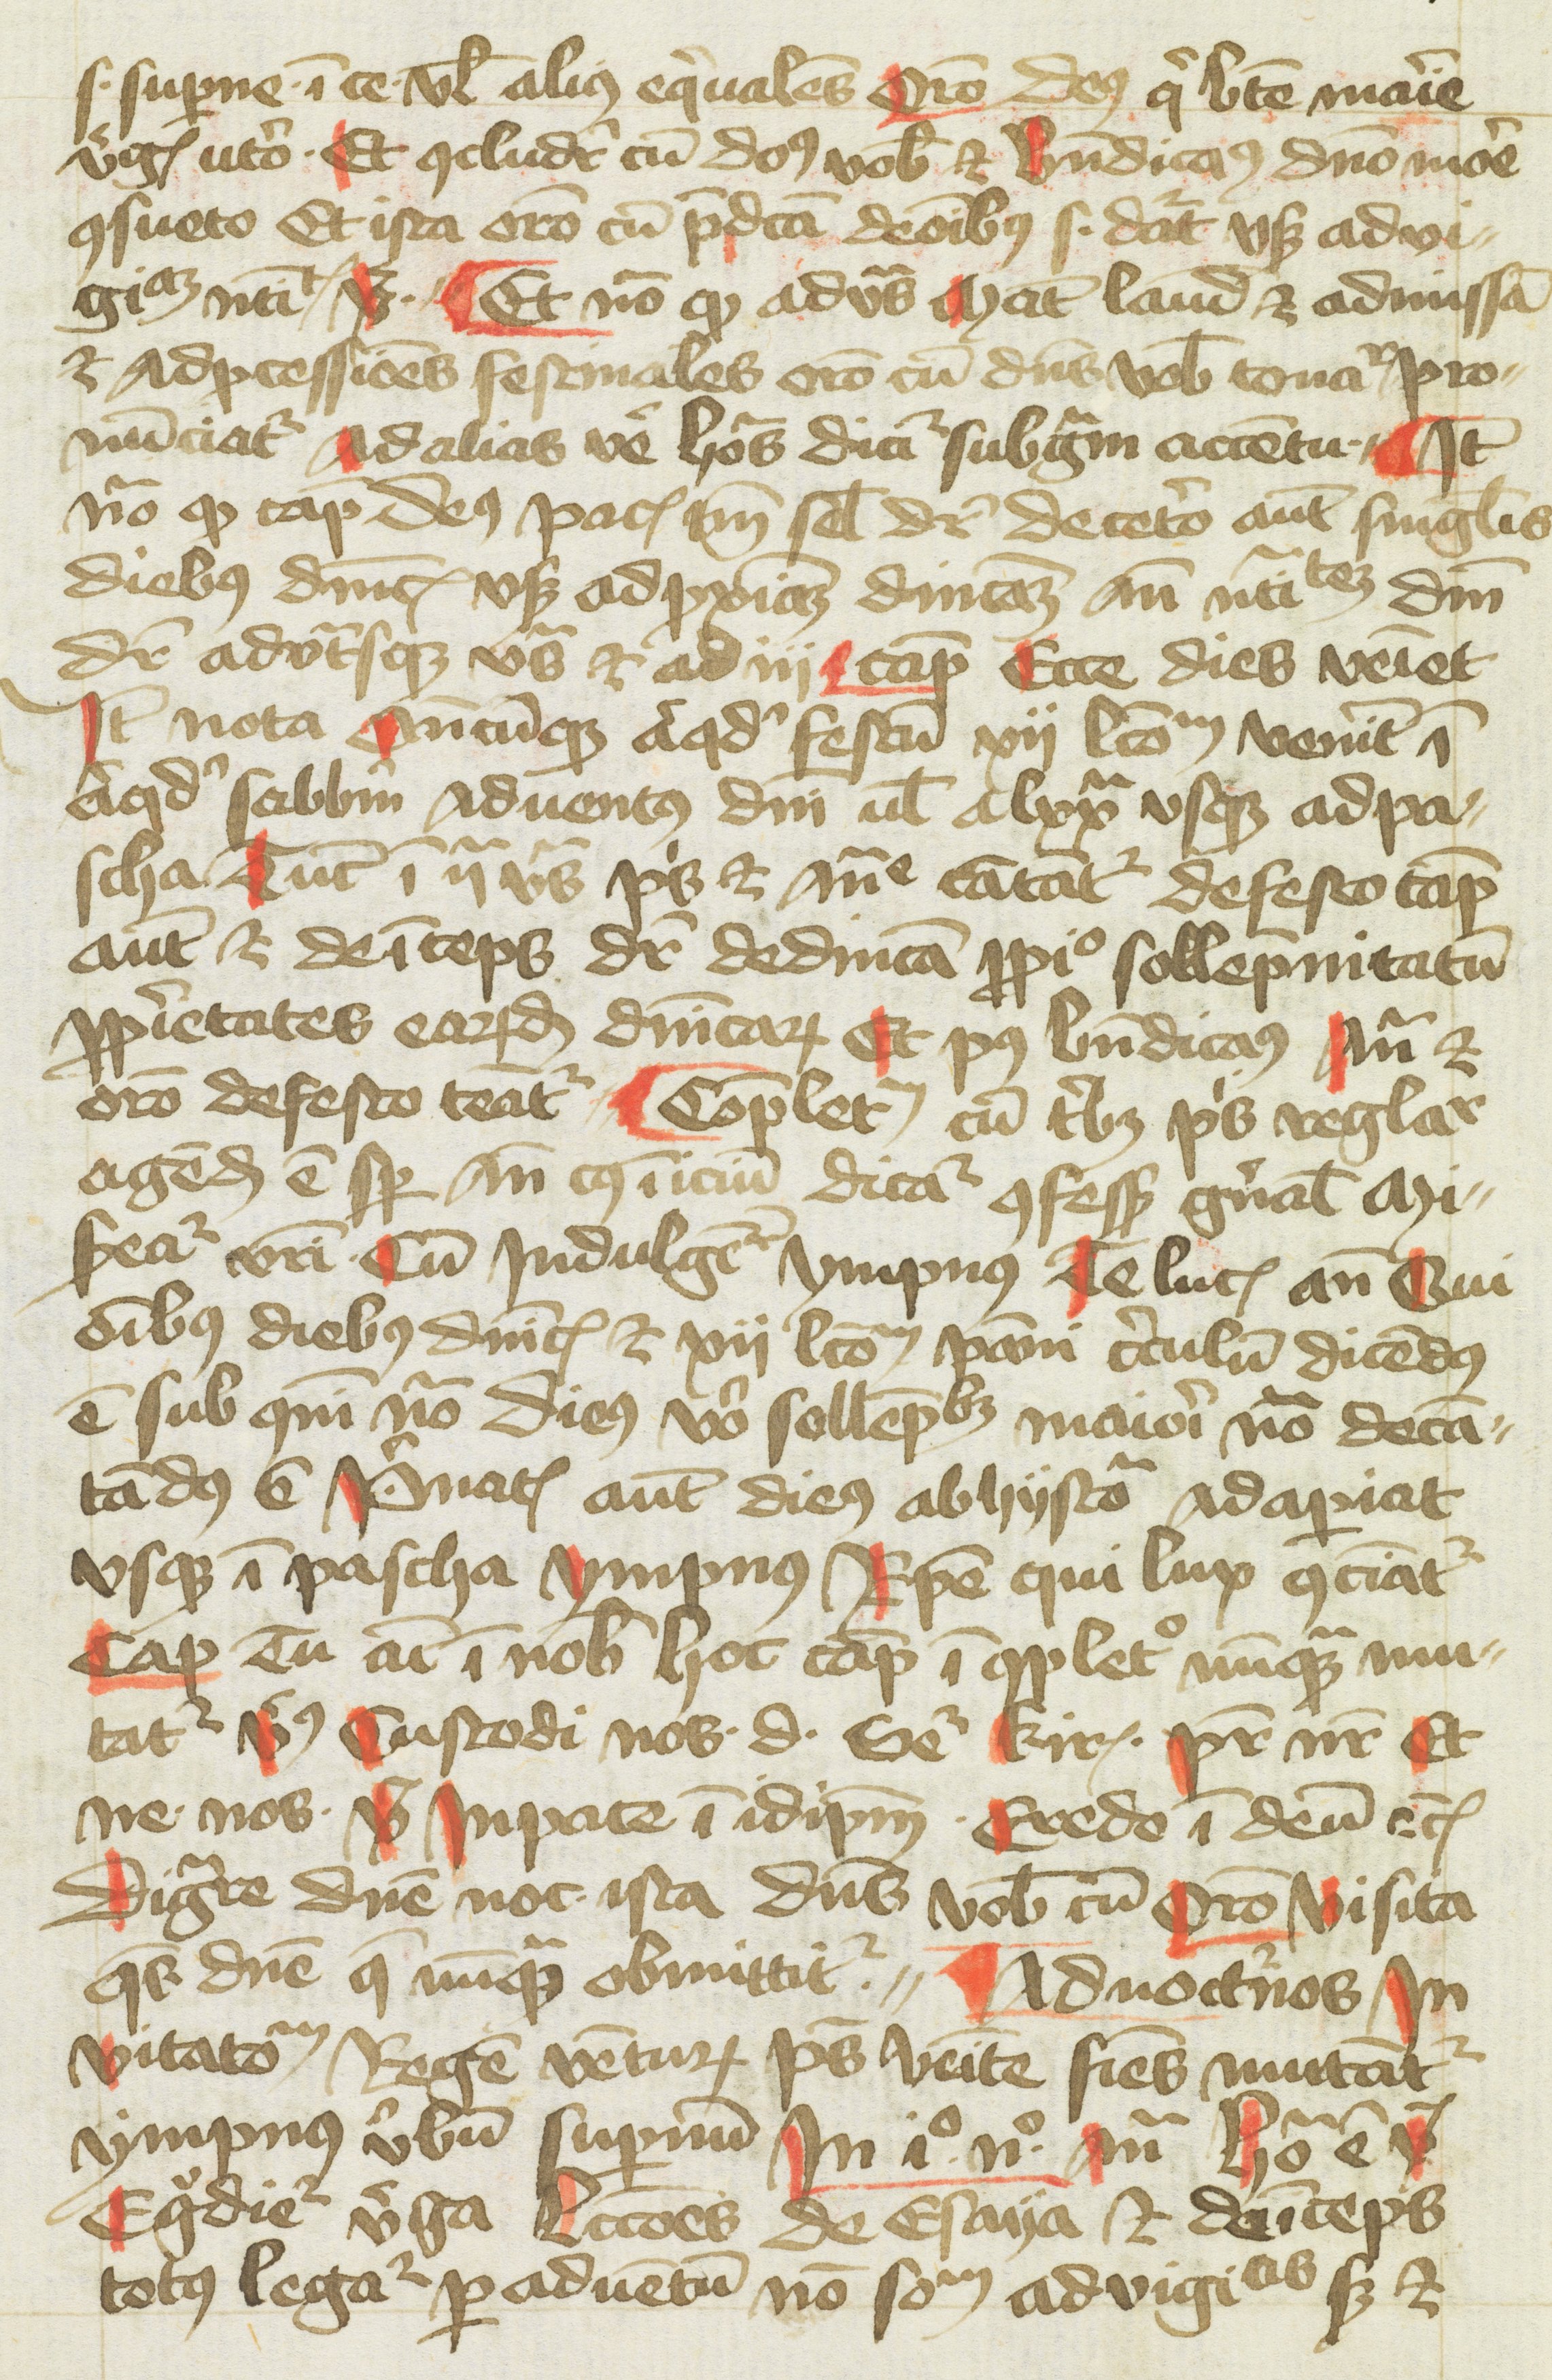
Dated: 1400–1499